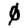
Digit: 0